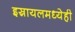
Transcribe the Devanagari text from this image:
इस्रायलमध्येही